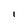
Character: l